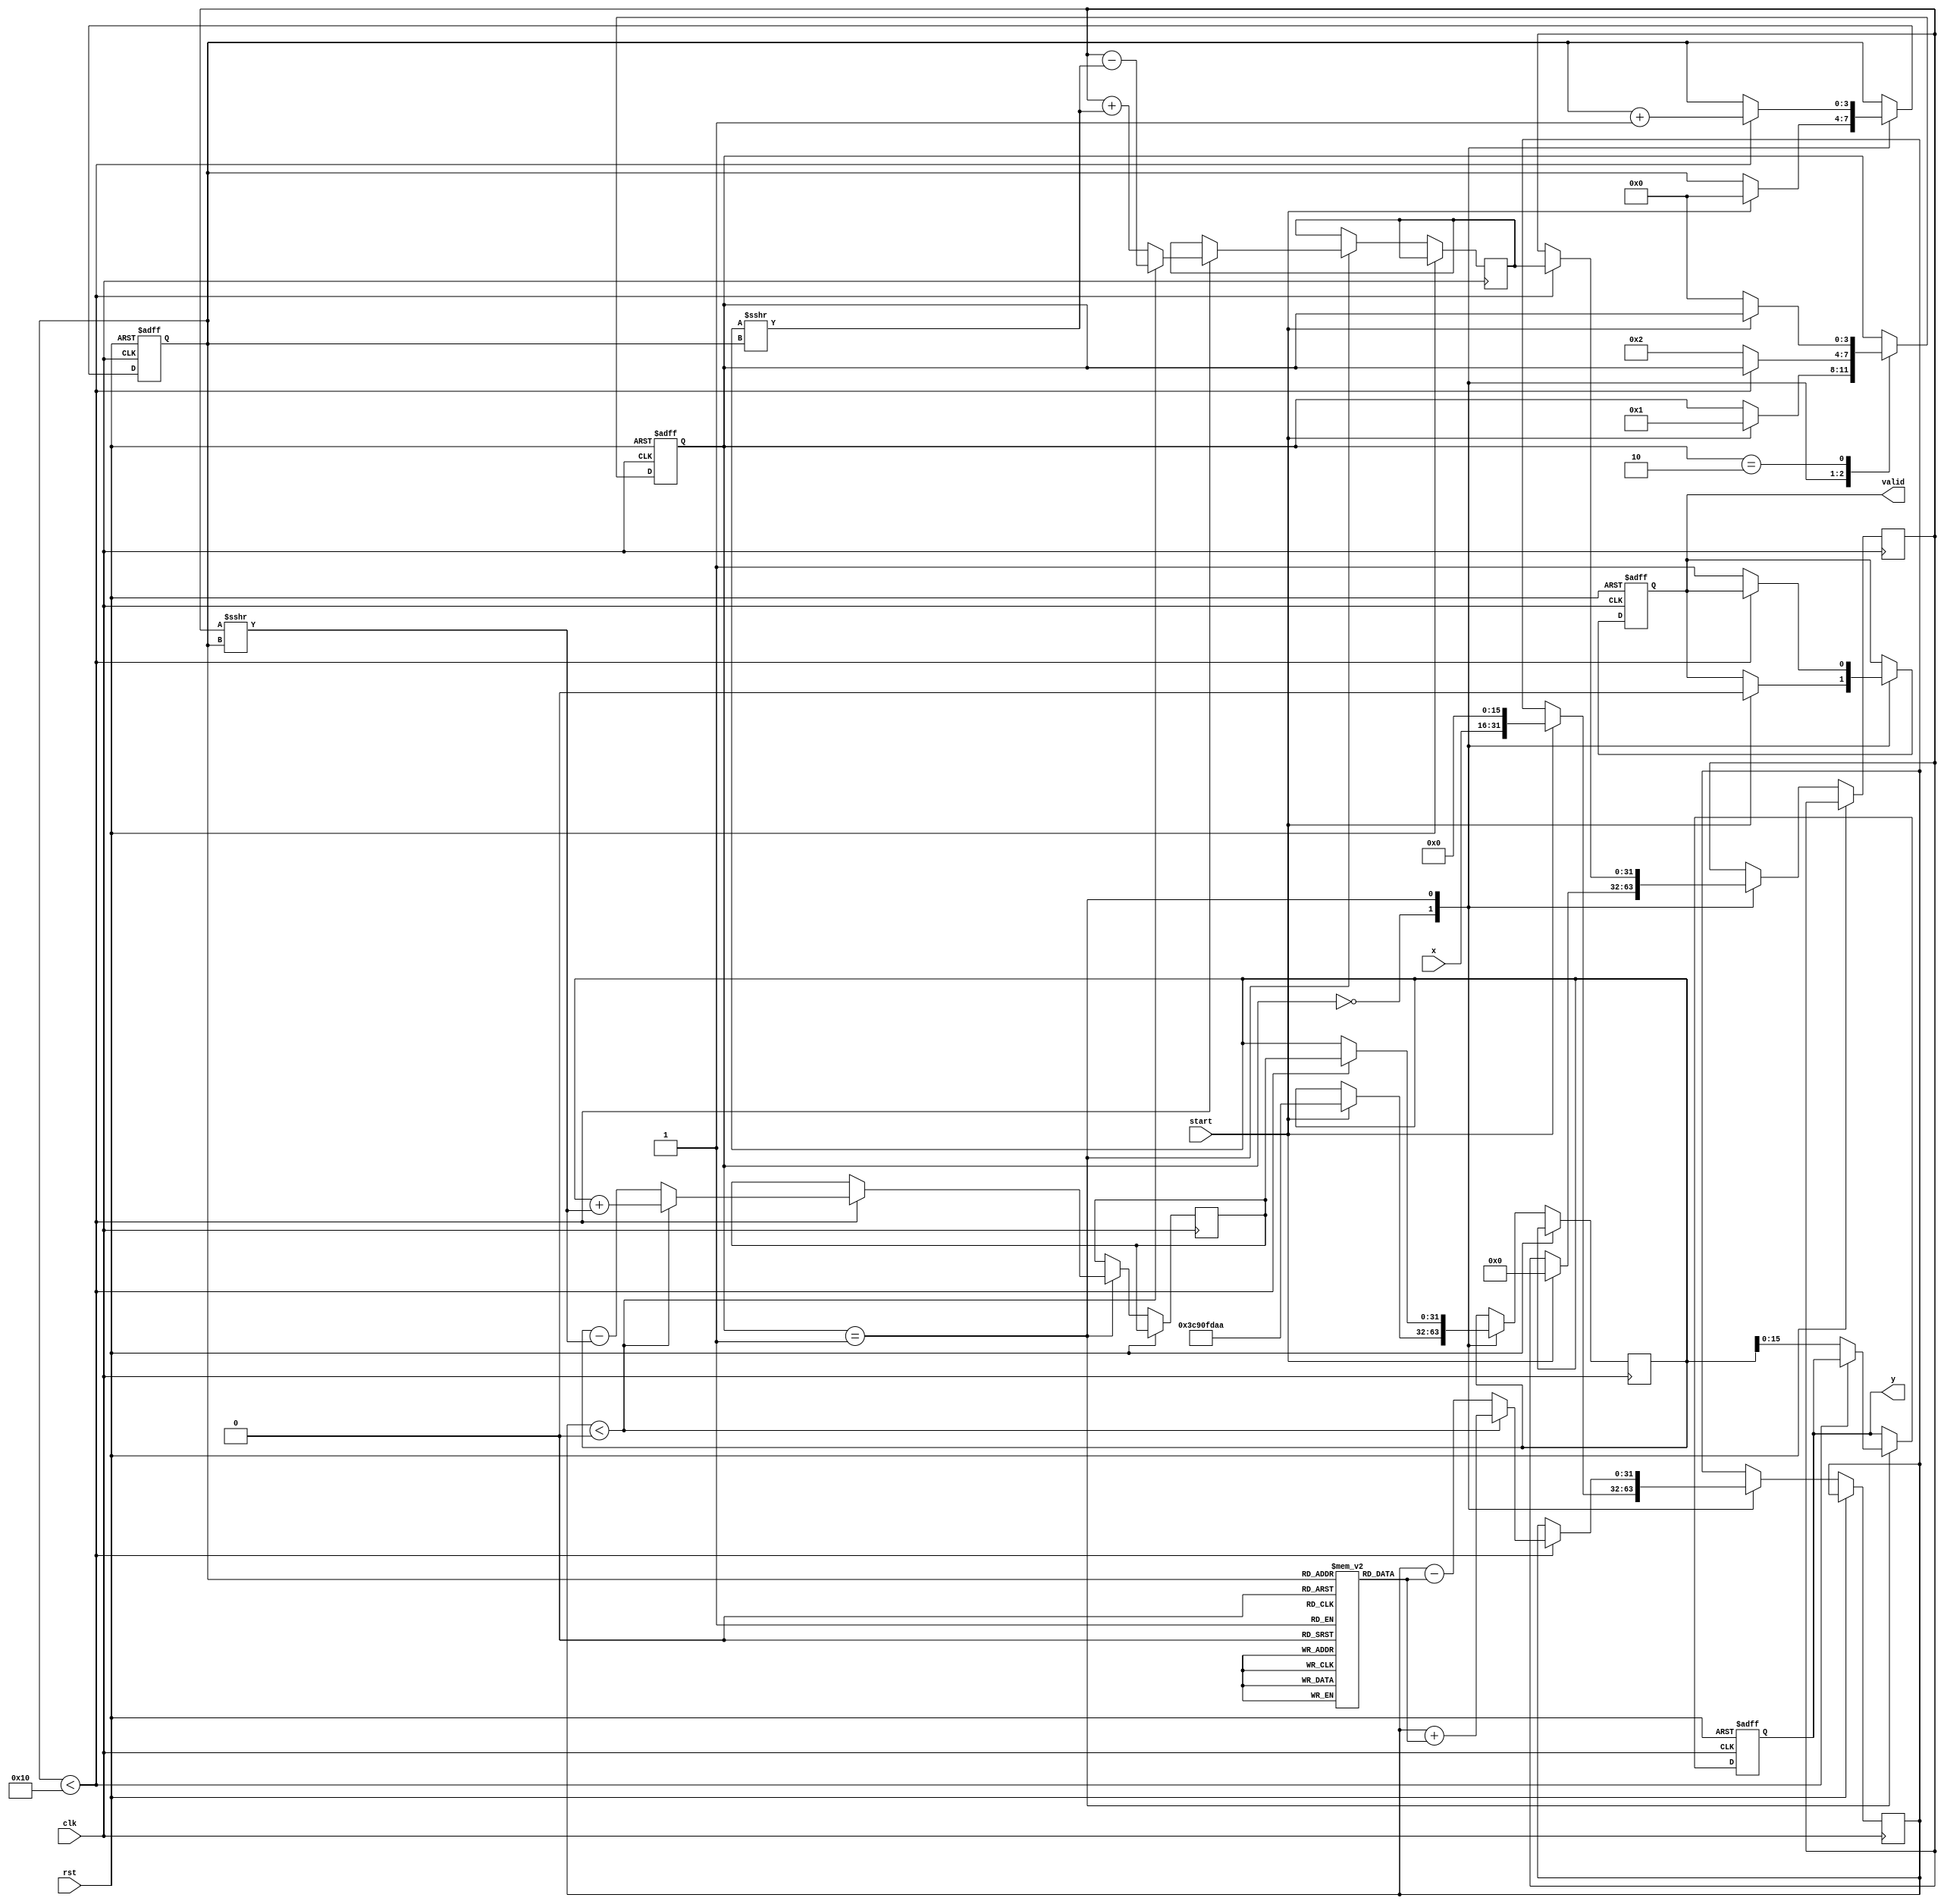
module cordic_reciprocal (
    input wire        clk,         // Clock signal
    input wire        rst,         // Asynchronous reset
    input wire        start,       // Start signal
    input wire [15:0] x,          // Fixed-point input (16-bit)
    output reg [15:0] y,          // Fixed-point output (16-bit)
    output reg        valid        // Output valid signal
);
    
    parameter MAX_ITER = 16;       // Maximum number of iterations
    reg [3:0] state;                // FSM state
    reg [3:0] iteration;            // Iteration counter
    reg [31:0] z;                   // Input value multiplied by 2^16 for fixed-point
    reg [31:0] x_curr, y_curr;      // Current x and y values (extended to 32 bits)
    reg [31:0] x_next, y_next;      // Next x and y values (extended to 32 bits)
    reg signed [31:0] theta;          // Angle for the CORDIC rotation
    reg signed [31:0] K;              // Scaling factor
    reg signed [31:0] angles [0:15];  // Precomputed angles

    // CORDIC gain (scaling factor)
    initial begin
        K = 32'h3C90FDAA; // ~0.607
        angles[0]  = 32'h00000000;  // 0
        angles[1]  = 32'h20000000;  // 45 degrees
        angles[2]  = 32'h30000000;  // 26.565 degrees
        angles[3]  = 32'h40000000;  // 15.255 degrees
        angles[4]  = 32'h50000000;  // 7.125 degrees
        angles[5]  = 32'h60000000;  // 3.576 degrees
        angles[6]  = 32'h70000000;  // 1.789 degrees
        angles[7]  = 32'h80000000;  // 0.895 degrees
        angles[8]  = 32'h90000000;  // 0.447 degrees
        angles[9]  = 32'hA0000000;  // 0.224 degrees
        angles[10] = 32'hB0000000;  // 0.112 degrees
        angles[11] = 32'hC0000000;  // 0.056 degrees
        angles[12] = 32'hD0000000;  // 0.028 degrees
        angles[13] = 32'hE0000000;  // 0.014 degrees
        angles[14] = 32'hF0000000;  // 0.007 degrees
        angles[15] = 32'h100000000; // 0.003 degrees
    end

    // FSM states
    parameter IDLE = 0, COMPUTE = 1, DONE = 2;

    // Asynchronous reset and state behavior
    always @(posedge clk or posedge rst) begin
        if (rst) begin
            state <= IDLE;
            valid <= 0;
            y <= 16'b0;
            iteration <= 0;
        end else begin
            case (state)
                IDLE: begin
                    if (start) begin
                        z <= {x, 16'b0}; // Scale input x for fixed-point
                        x_curr <= K; // Initial x value as scaling factor
                        y_curr <= 0; // Initial y value
                        iteration <= 0; // Reset iteration count
                        state <= COMPUTE;
                        valid <= 0; // Set valid to low
                    end
                end

                COMPUTE: begin
                    if (iteration < MAX_ITER) begin
                        // CORDIC rotation
                        if (z < 0) begin
                            x_next <= x_curr + (y_curr >>> iteration);
                            y_next <= y_curr - (x_curr >>> iteration);
                            z <= z + angles[iteration];
                        end else begin
                            x_next <= x_curr - (y_curr >>> iteration);
                            y_next <= y_curr + (x_curr >>> iteration);
                            z <= z - angles[iteration];
                        end
                        iteration <= iteration + 1;
                        x_curr <= x_next;
                        y_curr <= y_next;
                    end else begin
                        // Finished computing
                        y <= x_curr; // Final result in y
                        valid <= 1;  // Set valid high
                        state <= DONE;
                    end
                end

                DONE: begin
                    if (!start) begin
                        state <= IDLE; // Return to IDLE when START is not asserted
                    end
                end
            endcase
        end
    end
endmodule